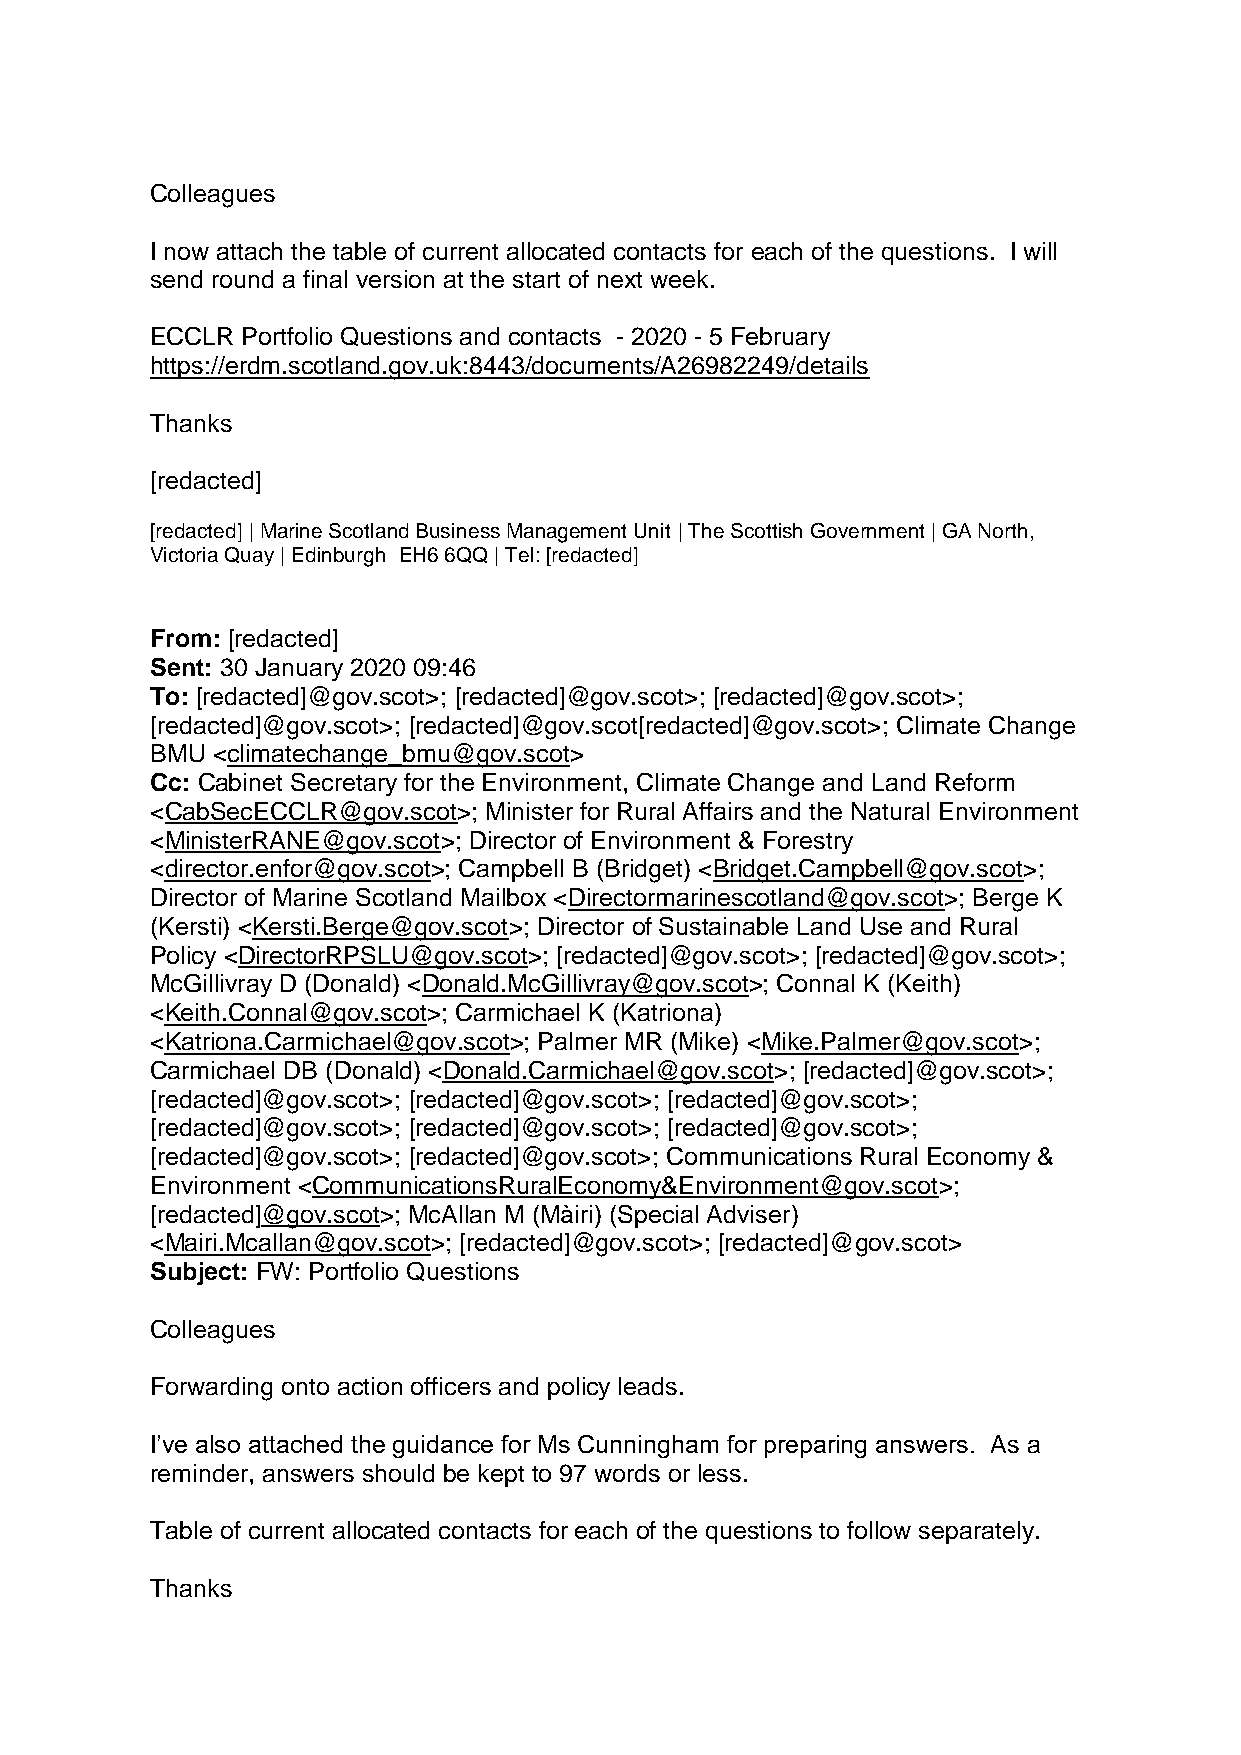
Colleagues
 I now attach the table of current allocated contacts for each of the questions. I will
 send round a final version at the start of next week.
 ECCLR Portfolio Questions and contacts - 2020 - 5 February
 https://erdm.scotland.gov.uk:8443/documents/A26982249/details
 Thanks
 [redacted]
 [redacted] | Marine Scotland Business Management Unit | The Scottish Government | GA North,
 Victoria Quay | Edinburgh EH6 6QQ | Tel: [redacted]
 From: [redacted]
 Sent: 30 January 2020 09:46
 To: [redacted]@gov.scot>; [redacted]@gov.scot>; [redacted]@gov.scot>;
 [redacted]@gov.scot>; [redacted]@gov.scot[redacted]@gov.scot>; Climate Change
 BMU <climatechange_bmu@gov.scot>
 Cc: Cabinet Secretary for the Environment, Climate Change and Land Reform
 <CabSecECCLR@gov.scot>; Minister for Rural Affairs and the Natural Environment
 <MinisterRANE@gov.scot>; Director of Environment & Forestry
 <director.enfor@gov.scot>; Campbell B (Bridget) <Bridget.Campbell@gov.scot>;
 Director of Marine Scotland Mailbox <Directormarinescotland@gov.scot>; Berge K
 (Kersti) <Kersti.Berge@gov.scot>; Director of Sustainable Land Use and Rural
 Policy <DirectorRPSLU@gov.scot>; [redacted]@gov.scot>; [redacted]@gov.scot>;
 McGillivray D (Donald) <Donald.McGillivray@gov.scot>; Connal K (Keith)
 <Keith.Connal@gov.scot>; Carmichael K (Katriona)
 <Katriona.Carmichael@gov.scot>; Palmer MR (Mike) <Mike.Palmer@gov.scot>;
 Carmichael DB (Donald) <Donald.Carmichael@gov.scot>; [redacted]@gov.scot>;
 [redacted]@gov.scot>; [redacted]@gov.scot>; [redacted]@gov.scot>;
 [redacted]@gov.scot>; [redacted]@gov.scot>; [redacted]@gov.scot>;
 [redacted]@gov.scot>; [redacted]@gov.scot>; Communications Rural Economy &
 Environment <CommunicationsRuralEconomy&Environment@gov.scot>;
 [redacted]@gov.scot>; McAllan M (Màiri) (Special Adviser)
 <Mairi.Mcallan@gov.scot>; [redacted]@gov.scot>; [redacted]@gov.scot>
 Subject: FW: Portfolio Questions
 Colleagues
 Forwarding onto action officers and policy leads.
 I’ve also attached the guidance for Ms Cunningham for preparing answers. As a
 reminder, answers should be kept to 97 words or less.
 Table of current allocated contacts for each of the questions to follow separately.
 Thanks